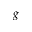
g